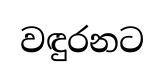
වඳුරනට